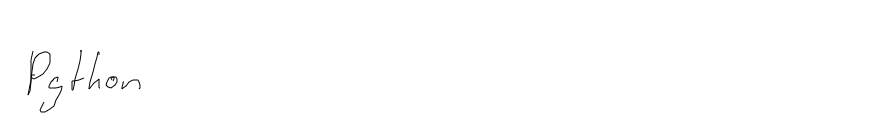
Python